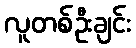
လူတစ်ဦးချင်း